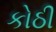
કોઠી